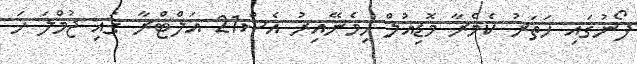
ފޯނުގައި ހަތަރު ކެމެރާ މޮޑިއުލް ހިމެނޭއިރު އެސް21 އަލްޓްރާ ގައި ޖުމްލަ ހަ